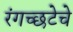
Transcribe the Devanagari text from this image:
रंगच्‍छटेचे